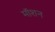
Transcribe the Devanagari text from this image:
माॅशन